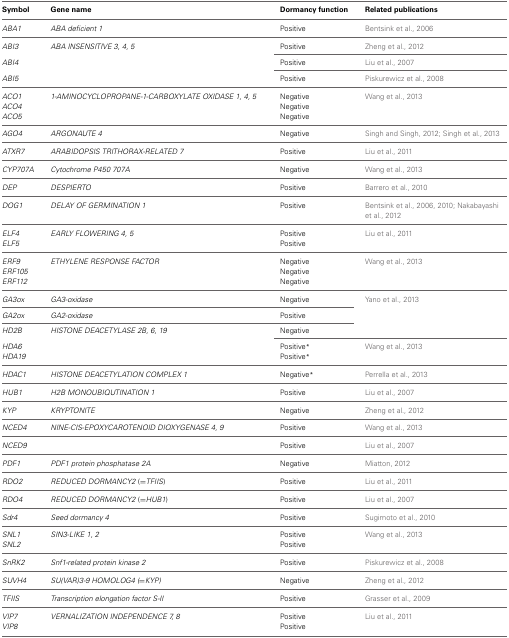
<table><thead><tr><td><b>Symbol</b></td><td><b>Gene name</b></td><td><b>Dormancy function</b></td><td><b>Related publications</b></td></tr></thead><tbody><tr><td><i>ABA1</i></td><td><i>ABA deficient 1</i></td><td>Positive</td><td>Bentsink et al., 2006</td></tr><tr><td><i>ABI3</i></td><td><i>ABA INSENSITIVE 3, 4, 5</i></td><td>Positive</td><td>Zheng et al., 2012</td></tr><tr><td><i>ABI4</i></td><td></td><td>Positive</td><td>Liu et al., 2007</td></tr><tr><td><i>ABI5</i></td><td></td><td>Positive</td><td>Piskurewicz et al., 2008</td></tr><tr><td><i>ACO1</i></td><td><i>1-AMINOCYCLOPROPANE-1-CARBOXYLATE OXIDASE 1, 4, 5</i></td><td>Negative</td><td>Wang et al., 2013</td></tr><tr><td><i>ACO4</i></td><td></td><td>Negative</td><td></td></tr><tr><td><i>ACO5</i></td><td></td><td>Negative</td><td></td></tr><tr><td><i>AGO4</i></td><td><i>ARGONAUTE 4</i></td><td>Negative</td><td>Singh and Singh, 2012; Singh et al., 2013</td></tr><tr><td><i>ATXR7</i></td><td><i>ARABIDOPSIS TRITHORAX-RELATED 7</i></td><td>Positive</td><td>Liu et al., 2011</td></tr><tr><td><i>CYP707A</i></td><td><i>Cytochrome P450 707A</i></td><td>Negative</td><td>Wang et al., 2013</td></tr><tr><td><i>DEP</i></td><td><i>DESPIERTO</i></td><td>Positive</td><td>Barrero et al., 2010</td></tr><tr><td><i>DOG1</i></td><td><i>DELAY OF GERMINATION 1</i></td><td>Positive</td><td>Bentsink et al., 2006, 2010; Nakabayashi et al., 2012</td></tr><tr><td><i>ELF4</i></td><td><i>EARLY FLOWERING 4, 5</i></td><td>Positive</td><td>Liu et al., 2011</td></tr><tr><td><i>ELF5</i></td><td></td><td>Positive</td><td></td></tr><tr><td><i>ERF9</i></td><td><i>ETHYLENE RESPONSE FACTOR</i></td><td>Negative</td><td>Wang et al., 2013</td></tr><tr><td><i>ERF105</i></td><td></td><td>Negative</td><td></td></tr><tr><td><i>ERF112</i></td><td></td><td>Negative</td><td></td></tr><tr><td><i>GA3ox</i></td><td><i>GA3-oxidase</i></td><td>Negative</td><td>Yano et al., 2013</td></tr><tr><td><i>GA2ox</i></td><td><i>GA2-oxidase</i></td><td>Positive</td><td></td></tr><tr><td><i>HD2B</i></td><td><i>HISTONE DEACETYLASE 2B, 6, 19</i></td><td>Negative</td><td></td></tr><tr><td><i>HDA6</i></td><td></td><td>Positive<sup>*</sup></td><td>Wang et al., 2013</td></tr><tr><td><i>HDA19</i></td><td></td><td>Positive<sup>*</sup></td><td></td></tr><tr><td><i>HDAC1</i></td><td><i>HISTONE DEACETYLATION COMPLEX 1</i></td><td>Negative<sup>*</sup></td><td>Perrella et al., 2013</td></tr><tr><td><i>HUB1</i></td><td><i>H2B MONOUBIQUTINATION 1</i></td><td>Positive</td><td>Liu et al., 2007</td></tr><tr><td><i>KYP</i></td><td><i>KRYPTONITE</i></td><td>Negative</td><td>Zheng et al., 2012</td></tr><tr><td><i>NCED4</i></td><td><i>NINE-CIS-EPOXYCAROTENOID DIOXYGENASE 4, 9</i></td><td>Positive</td><td>Wang et al., 2013</td></tr><tr><td><i>NCED9</i></td><td></td><td>Positive</td><td>Liu et al., 2007</td></tr><tr><td><i>PDF1</i></td><td><i>PDF1 protein phosphatase 2A</i></td><td>Negative</td><td>Miatton, 2012</td></tr><tr><td><i>RDO2</i></td><td><i>REDUCED DORMANCY2</i> (=<i>TFIIS</i>)</td><td>Positive</td><td>Liu et al., 2011</td></tr><tr><td><i>RDO4</i></td><td><i>REDUCED DORMANCY2</i> (=<i>HUB1</i>)</td><td>Positive</td><td>Liu et al., 2007</td></tr><tr><td><i>Sdr4</i></td><td><i>Seed dormancy 4</i></td><td>Positive</td><td>Sugimoto et al., 2010</td></tr><tr><td><i>SNL1</i></td><td><i>SIN3-LIKE 1, 2</i></td><td>Positive</td><td>Wang et al., 2013</td></tr><tr><td><i>SNL2</i></td><td></td><td>Positive</td><td></td></tr><tr><td><i>SnRK2</i></td><td><i>Snf1-related protein kinase 2</i></td><td>Positive</td><td>Piskurewicz et al., 2008</td></tr><tr><td><i>SUVH4</i></td><td><i>SU(VAR)3-9 HOMOLOG4 (=KYP)</i></td><td>Negative</td><td>Zheng et al., 2012</td></tr><tr><td><i>TFIIS</i></td><td><i>Transcription elongation factor S-II</i></td><td>Positive</td><td>Grasser et al., 2009</td></tr><tr><td><i>VIP7</i></td><td><i>VERNALIZATION INDEPENDENCE 7, 8</i></td><td>Positive</td><td>Liu et al., 2011</td></tr><tr><td><i>VIP8</i></td><td></td><td>Positive</td><td></td></tr></tbody></table>